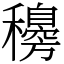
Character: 𥣰